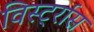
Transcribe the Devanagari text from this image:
विर्स्ट्रास